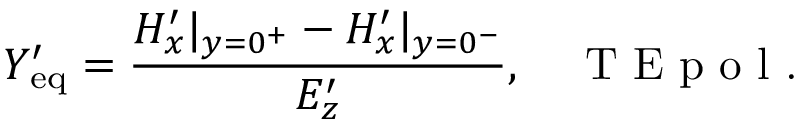
Y _ { \mathrm { e q } } ^ { \prime } = \frac { H _ { x } ^ { \prime } | _ { y = 0 ^ { + } } - H _ { x } ^ { \prime } | _ { y = 0 ^ { - } } } { E _ { z } ^ { \prime } } , \quad \textrm { T E p o l . }